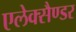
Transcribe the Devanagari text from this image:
एलेक्सैण्डर